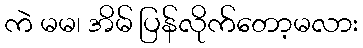
ကဲ မမ၊ အိမ် ပြန်လိုက်တော့မလား